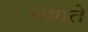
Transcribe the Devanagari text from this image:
गणते